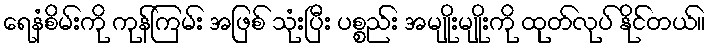
ရေနံစိမ်းကို ကုန်ကြမ်း အဖြစ် သုံးပြီး ပစ္စည်း အမျိုးမျိုးကို ထုတ်လုပ် နိုင်တယ်။